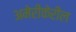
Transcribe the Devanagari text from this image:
अमेरीकेरील